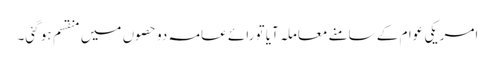
امریکی عوام کے سامنے معاملہ آیا تو رائے عامہ دو حصوں میں منقسم ہو گئی۔